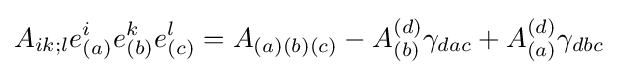
A_{ik;l}e_{(a)}^{i}e_{(b)}^{k}e_{(c)}^{l}=A_{(a)(b)(c)}-A_{(b)}^{(d)}\gamma _{dac}+A_{(a)}^{(d)}\gamma _{dbc}